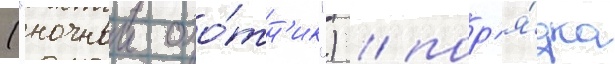
("ночнои охо́тн'ик") / пор'я́дка